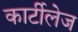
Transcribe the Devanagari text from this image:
कार्टीलेज